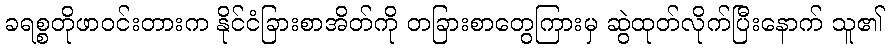
ခရစ္စတိုဖာဝင်းတားက နိုင်ငံခြားစာအိတ်ကို တခြားစာတွေကြားမှ ဆွဲထုတ်လိုက်ပြီးနောက် သူ၏